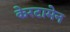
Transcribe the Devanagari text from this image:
केरटामेन